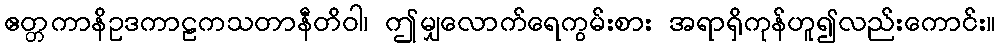
ဧတ္တကာနိဥဒကာဠကသတာနီတိဝါ၊ ဤမျှလောက်ရေကွမ်းစား အရာရှိကုန်ဟူ၍လည်းကောင်း။